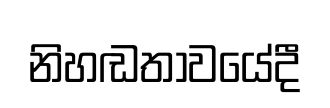
නිහඬතාවයේදී